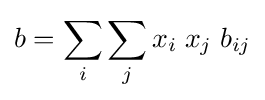
b=\sum _{i}\sum _{j}x_{i}\;x_{j}\;b_{ij}